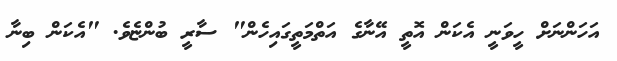
އަހަންނަށް ހީވަނީ އެކަން އޮތީ އޭނާގެ އަތްމަތީގައިހެން" ސާރީ ބުންޏެވެ. "އެކަން ބިނާ